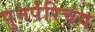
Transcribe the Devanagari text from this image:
पुनर्परिचय